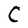
Character: C